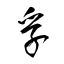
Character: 孚